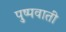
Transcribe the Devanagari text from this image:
पुष्पवाती